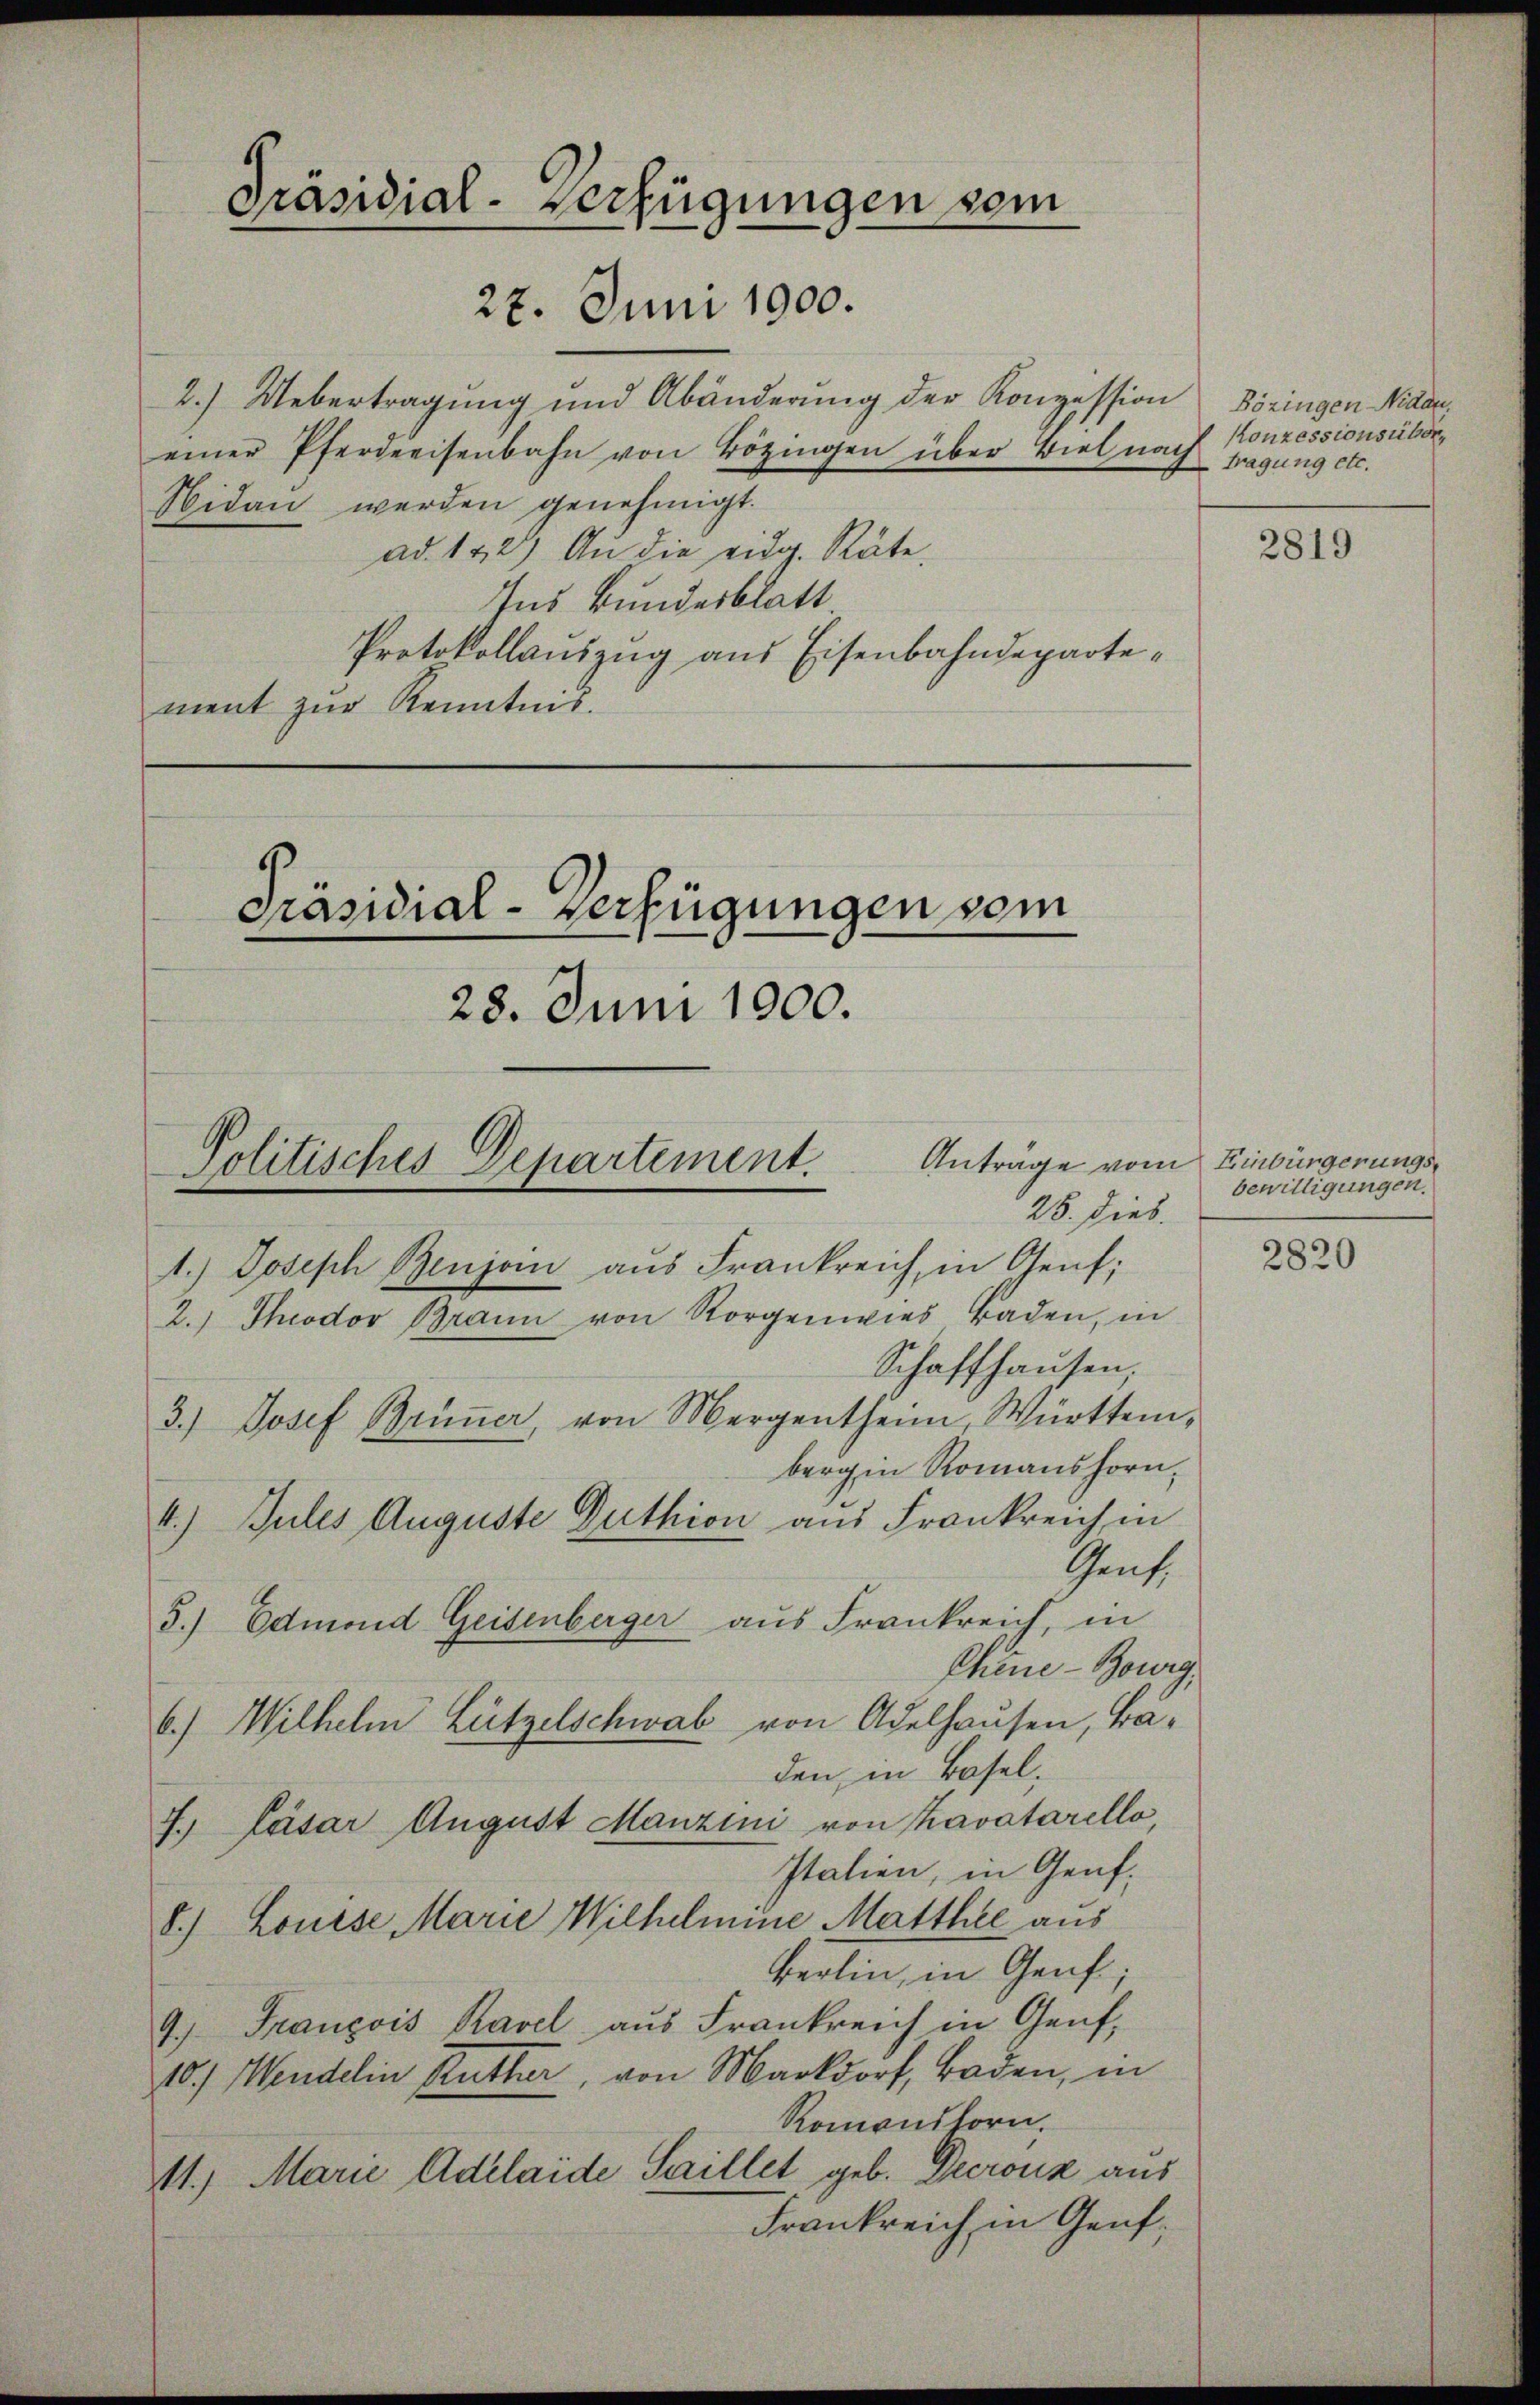
Präsidial-Verfügungen sein
27. Juni 1900.

2.) Uebertragung und Abänderung der Konzession Bözingen Nidau,
einer Pferdreisenbahn von Bözingen über viel nach tragung etc.
Nidau werden genehmigt.
ad. 142) An die eidg. Räte,
Ins Bundesblatt
Protokollauszug aus Eisenbahndepartement zur Kenntnis.

Präsidial-Verfügungen vom
28. Juni 1900.
Politisches Departement. Anträge vom
28. dies

Konzessionsüber,

1.) Joseph Benjoin aus Frankreich in Genf;
2. Theodor Braun von Sorgenwies Baden, in
Schaffhausen,
3.) Josef Brünner, von Mergentheim, Württemberg in Romanshorn,
4.) Gutes Auguste Duthion aus Frankreich in
Gent,
5.) Edmond Geisenberger aus Frankreich, in
Chine-Bourg,
6.) Wilhelm Lützelschwab von Adelhausen, Baden, in Basel,
J. Läsar August Manzini von Kavatarello,
Italien, in Genf,
8.) Louise Marie Wilhelmine Matthie aus
Berlin, in Genf;
9.) Francois Ravel aus Frankreich in Genf,
10.) Wendelin Ruther, von Markdorf, Baden, in
Romonshorn.
11. Marie Adelaide Saillet geb. Derouz aus
Frankreich in Genf,

2819

Einbürgerungsbewilligungen.

2820